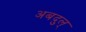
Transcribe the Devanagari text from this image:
अबदुल्